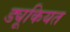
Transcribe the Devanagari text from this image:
ड्यूकियत